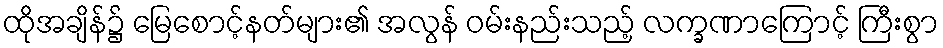
ထိုအချိန်၌ မြေစောင့်နတ်များ၏ အလွန် ဝမ်းနည်းသည့် လက္ခဏာကြောင့် ကြီးစွာ